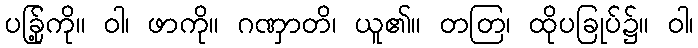
ပခြု့်ကို။ ဝါ၊ ဖာကို။ ဂဏှာတိ၊ ယူ၏။ တတြ၊ ထိုပခြုပ်၌။ ဝါ၊